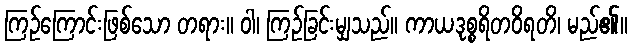
ကြဉ်ကြောင်းဖြစ်သော တရား။ ဝါ၊ ကြဉ်ခြင်းမျှသည်။ ကာယဒုစ္စရိတဝိရတိ၊ မည်၏။